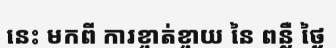
នេះ មកពី ការខ្ចាត់ខ្ចាយ នៃ ពន្លឺ ថ្ងៃ